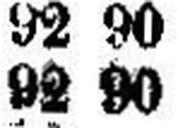
92 90